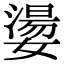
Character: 𡢈